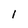
Character: 1